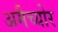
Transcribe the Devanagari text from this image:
अमैच्योर